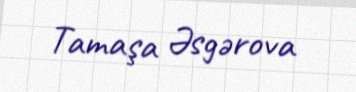
Tamaşa Əsgərova